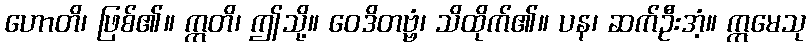
ဟောတိ၊ ဖြစ်၏။ ဣတိ၊ ဤသို့။ ဝေဒိတဗ္ဗံ၊ သိထိုက်၏။ ပန၊ ဆက်ဦးအံ့။ ဣမေသု